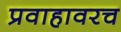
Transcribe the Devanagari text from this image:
प्रवाहावरच